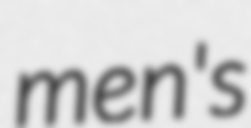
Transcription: men's